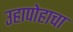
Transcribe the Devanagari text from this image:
उहापोहाचा